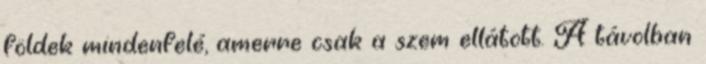
földek mindenfelé, amerre csak a szem ellátott. A távolban